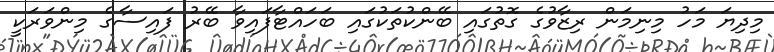
މިދިޔަ މަހު މިނިމަން ރިޒާވުގެ ގޮތުގައި ބޭންކުތަކުގައި ބަހައްޓާފައިވާ ބޭރު ފައިސާގެ މިންވަރަކީ